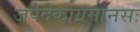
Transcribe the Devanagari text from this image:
जपेदेकाग्रमानसः